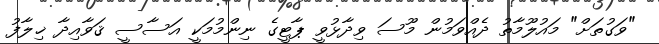
"ވަގުތަށް" މައުލޫމާތު ދެއްވަމުން މޫސަ ވިދާޅުވީ ޕާޓީގެ ނިންމުމަކީ އަސާސީ ޤަވާއިދާ ޚިލާފު